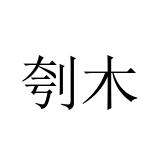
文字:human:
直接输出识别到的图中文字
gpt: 刳木